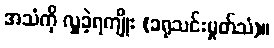
အသံကို လှူခဲ့ရကျိုး (ခရုသင်းမှုတ်သံ)။